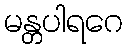
မန္တပါရဂေ